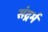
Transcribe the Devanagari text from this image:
संद्रर्भ